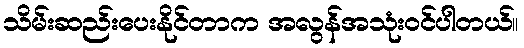
သိမ်းဆည်းပေးနိုင်တာက အလွန်အသုံးဝင်ပါတယ်။